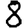
Digit: 8